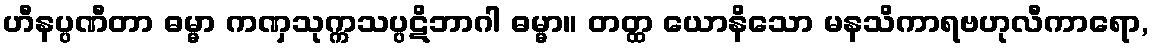
ဟီနပ္ပဏီတာ ဓမ္မာ ကဏှသုက္ကသပ္ပဋိဘာဂါ ဓမ္မာ။ တတ္ထ ယောနိသော မနသိကာရဗဟုလီကာရော,